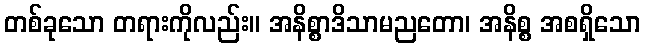
တစ်ခုသော တရားကိုလည်း။ အနိစ္စာဒိသာမညတော၊ အနိစ္စ အစရှိသော